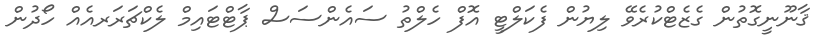
ޤާނޫނީގޮތުން ގެޒެޓްކުރެވޭ ލިޔުން ފެކަލްޓީ އޮފް ހެލްތު ސައެންސަސް ޕާޓްޓައިމް ލެކްޗަރަރއެއް ހޯދުން